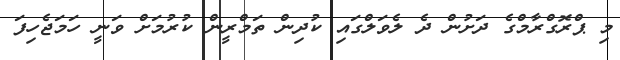
މި ޕްރޮގްރާމްގެ ދަށުން ދެ ލެވަލްގައި ކުދިން ތަމްރީން ކުރުމަށް ވަނީ ހަމަޖެހިފަ